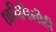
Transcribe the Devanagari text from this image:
ध्वनिफितीही